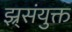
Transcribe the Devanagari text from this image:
झ्र्संयुक्त